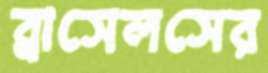
ব্রাসেলসের